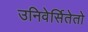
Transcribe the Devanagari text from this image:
उनिवेर्सितेतो